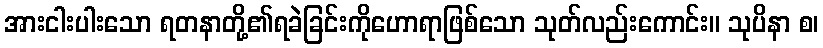
အားငါးပါးသော ရတနာတို့၏ရခဲခြင်းကိုဟောရာဖြစ်သော သုတ်လည်းကောင်း။ သုပိနာ စ၊